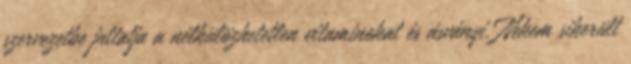
szervezetbe juttatja a nélkülözhetetlen vitaminokat és ásványi. Nekem sikerült